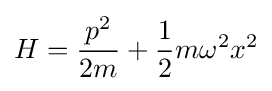
{H}={\frac {{p}^{2}}{2m}}+{\frac {1}{2}}m\omega ^{2}{x}^{2}